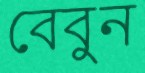
বেবুন